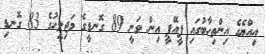
އިއްޔެގެ އިންތިހާބުގައި ޕީއޭޕީ އިން ވަނީ 89 ގޮނޑީގެ މަޖިލީހުގެ 83 ގޮނޑި